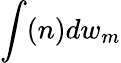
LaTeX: \int(n)dw_{m}